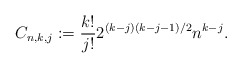
\begin{align*} C_{n,k,j}:=\frac{k!}{j!} 2^{(k-j)(k-j-1)/2} n^{k-j}. \end{align*}